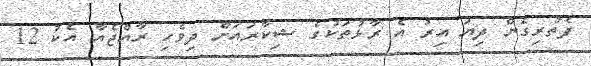
ފެތުރިގެން ދިޔަ އިރު އެ ރާޅުތަކުގެ ޝިކާރައަށް ދިވެހި ރާއްޖެއާ އެކު 12